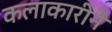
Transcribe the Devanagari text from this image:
कलाकारीने